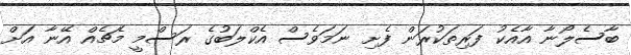
ބާސެލޯނާ އާއެކު ފަރިތަކުރަން ފެށި ނަމަވެސް އެކްލަބުގެ ރަސްމީ މެޗެއް އޭނާ އަށް